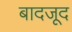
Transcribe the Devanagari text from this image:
बादजूद